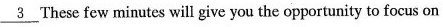
\underline{3}These few minutes will give you the opportunity to focus on